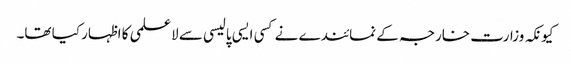
کیونکہ وزارت خارجہ کے نمائندے نے کسی ایسی پالیسی سے لاعلمی کا اظہار کیا تھا۔